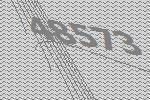
48573